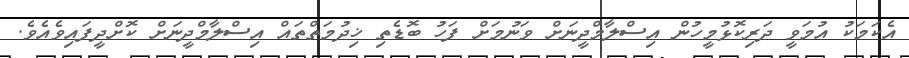
އެކަމަކު އުމަވީ ދަރިކޮޅުމީހުން އިސްލާމްދީނަށް ވަނުމަށް ފަހު ބޮޑެތި ޚިދުމަތްތައް އިސްލާމްދީނަށް ކޮށްދީފައިވެއެވެ.